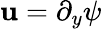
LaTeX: \mathbf{u}=\partial_{y}\psi